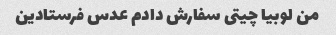
من لوبیا چیتی سفارش دادم عدس فرستادین